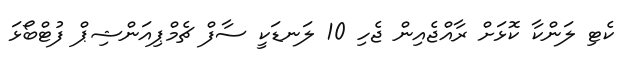
ކެޓި ލަންކާ ކޮޅަށް ރާއްޖެއިން ޖެހި 10 ލަނޑަކީ ސާފް ޗެމްޕިއަންޝިޕް ފުޓްބޯޅަ